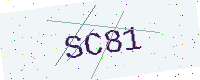
Text: SC81